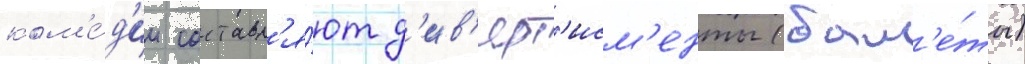
ком'е́д'ии составл'я́ют д'ив'ерт'исм'енты (бал'е́ты)